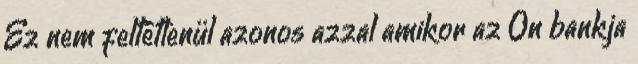
Ez nem feltétlenül azonos azzal amikor az Ön bankja